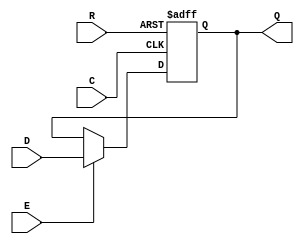
module DFFRE (
  input D, // Data Input
  input R, // Active-low, asynchronous reset
  input E, // Active-high enable
  input C, // Clock
  output reg Q=0 // Data Output
);

  always @(posedge C, negedge R)
    if (!R)
      Q <= 1'b0;
    else if (E)
      Q <= D;
      

endmodule